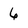
Character: 6